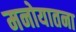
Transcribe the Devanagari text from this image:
मनोयातना